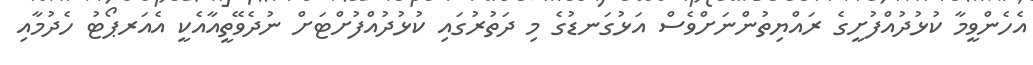
އެހެންވީމާ ކުޅުދުއްފުށީގެ ރައްޔިތުންނަށްވެސް އަޅުގަނޑުގެ މި ދަތުރުގައި ކުޅުދުއްފުށްޓަށް ނުދެވޭތީއާއެކީ އެއަރޕޯޓު ހެދުމާއި